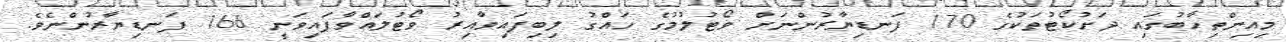
މިއިންތިހާބުގައި ދަށުކޯޓުތަކުގެ 170 ފަނޑިޔާރުންނަށް ވޯޓުލުމުގެ ހައްގު ލިބިފައިވާއިރު ވޯޓުލައްވާފައިވަނީ 166 ފަނޑިޔާރުންނެވެ.